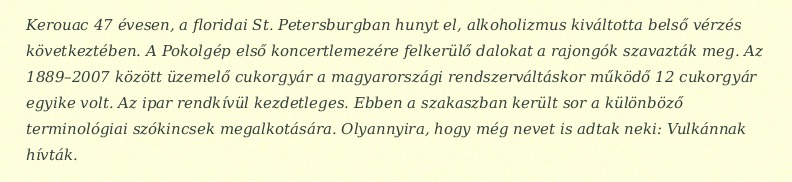
Kerouac 47 évesen, a floridai St. Petersburgban hunyt el, alkoholizmus kiváltotta belső vérzés következtében. A Pokolgép első koncertlemezére felkerülő dalokat a rajongók szavazták meg. Az 1889–2007 között üzemelő cukorgyár a magyarországi rendszerváltáskor működő 12 cukorgyár egyike volt. Az ipar rendkívül kezdetleges. Ebben a szakaszban került sor a különböző terminológiai szókincsek megalkotására. Olyannyira, hogy még nevet is adtak neki: Vulkánnak hívták.